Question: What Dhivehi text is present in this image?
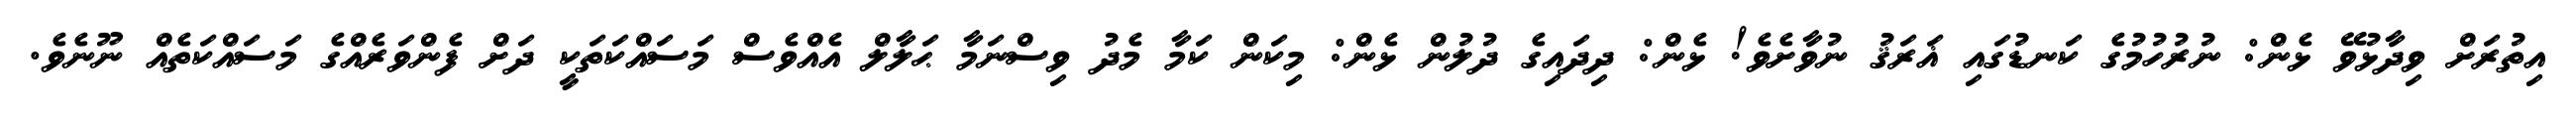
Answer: އިތުރަށް ވިދާޅުވޭ ޅެން: ނުރުހުމުގެ ކަނޑުގައި ޣަރަޤު ނުވާށެވެ! ޅެން: ދިދައިގެ ދުލުން ޅެން: މިކަން ކަމާ މެދު ވިސްނަމާ ޙަލާލް އެއްވެސް މަސައްކަތަކީ ދަށް ފެންވަރެއްގެ މަސައްކަތެއް ނޫނެވެ.